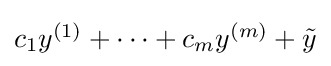
{\textstyle c_{1}y^{(1)}+\dots +c_{m}y^{(m)}+{\tilde {y}}}